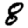
Digit: 8